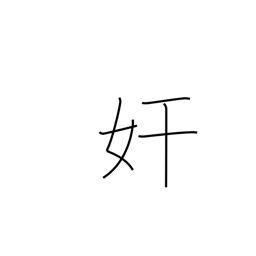
Meaning: mischief